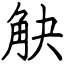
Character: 觖